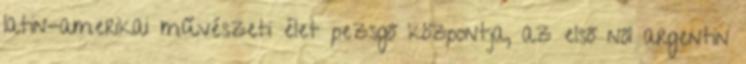
latin-amerikai művészeti élet pezsgő központja, az első női argentin